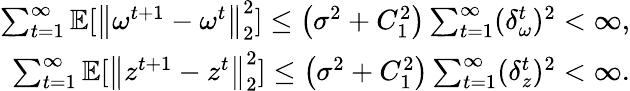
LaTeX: \begin{array}{r}{\sum_{t=1}^{\infty}\mathbb{E}[\left\| \omega^{t+1}-\omega^{t}\right\| _{2}^{2}]\leq\left(\sigma^{2}+C_{1}^{2}\right)\sum_{t=1}^{\infty}(\delta_{\omega}^{t})^{2}<\infty,}\\ {\sum_{t=1}^{\infty}\mathbb{E}[\left\| z^{t+1}-z^{t}\right\| _{2}^{2}]\leq\left(\sigma^{2}+C_{1}^{2}\right)\sum_{t=1}^{\infty}(\delta_{z}^{t})^{2}<\infty.}\end{array}